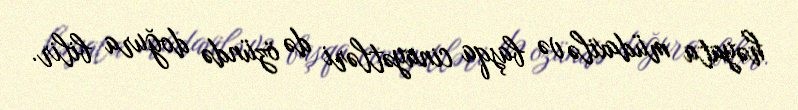
həyata müdaxilə və başqa cinayətləri də özündə doğura bilir.